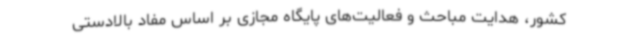
کشور، هدایت مباحث و فعالیت‌های پایگاه مجازی بر اساس مفاد بالادستی